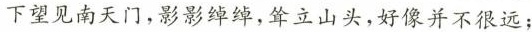
下望见南天门,影影绰绰,耸立山头，好像并不很远;